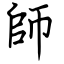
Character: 師